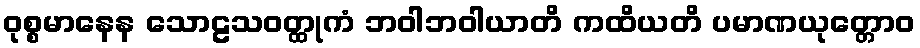
ဝုစ္စမာနေန သောဠသဝတ္ထုကံ ဘဝါဘဝါယာတိ ကထိယတိ ပမာဏယုတ္တောဝ